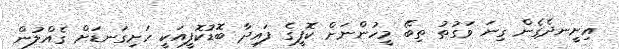
އިށީނދެގެން ގިނަ ވަގުތު ތިބޭ މީހުންނަށް ކޮފީގެ ފައިދާ ބޮޑުކޮފީއަކީ ހަށިގަނޑަށް ގެއްލުން